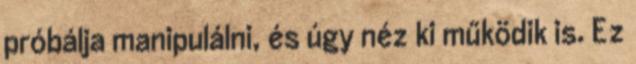
próbálja manipulálni, és úgy néz ki működik is. Ez